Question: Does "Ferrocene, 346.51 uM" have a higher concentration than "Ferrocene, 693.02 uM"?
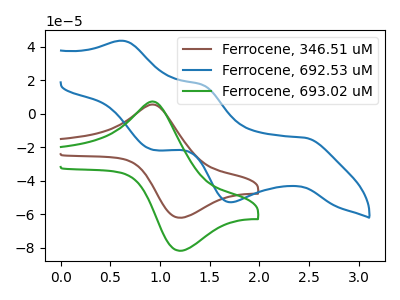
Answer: <think>The brown curve "Ferrocene, 346.51 uM" has an anodic peak at (0.95V, 5.40uA) and a cathodic peak at (1.20V, -62.00uA). The blue curve "Ferrocene, 692.53 uM" has anodic peaks at (0.65V, 43.55uA) (1.40V, 17.45uA) and cathodic peaks at (2.45V, -14.30uA) (1.70V, -52.75uA) (0.95V, -21.55uA). The green curve "Ferrocene, 693.02 uM" has an anodic peak at (0.95V, 7.10uA) and a cathodic peak at (1.20V, -81.70uA).
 All the peaks in "Ferrocene, 346.51 uM" have a peak in "Ferrocene, 693.02 uM" at the same potential. Every peak in "Ferrocene, 346.51 uM" is lower than every peak in "Ferrocene, 693.02 uM".</think>
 <answer>"Ferrocene, 346.51 uM" has less signal than "Ferrocene, 693.02 uM" and so likely has a lower concentration.</answer>
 <eval>less_concentration</eval>